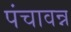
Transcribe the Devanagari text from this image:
पंचावन्न